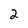
Character: 2